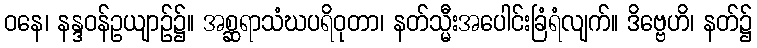
ဝနေ၊ နန္ဒဝန်ဥယျာဉ်၌။ အစ္ဆရာသံဃပရိဝုတာ၊ နတ်သ္မီးအပေါင်းခြံရံလျက်။ ဒိဗ္ဗေဟိ၊ နတ်၌